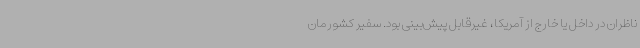
ناظران در داخل یا خارج از آمریکا، غیرقابل پیش‌بینی بود. سفیر کشورمان